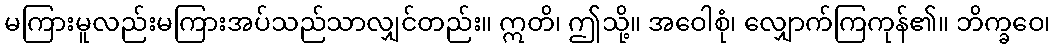
မကြားမူလည်းမကြားအပ်သည်သာလျှင်တည်း။ ဣတိ၊ ဤသို့။ အဝေါစုံ၊ လျှောက်ကြကုန်၏။ ဘိက္ခဝေ၊